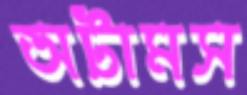
অটামস